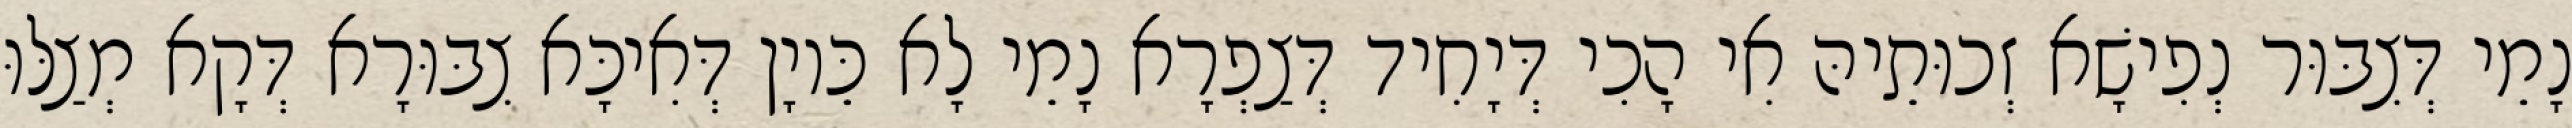
נָמֵי דְּצִבּוּר נְפִישָׁא זְכוּתֵיהּ אִי הָכִי דְּיָחִיד דְּצַפְרָא נָמֵי לָא כֵּיוָן דְּאִיכָּא צִבּוּרָא דְּקָא מְצַלּוּ